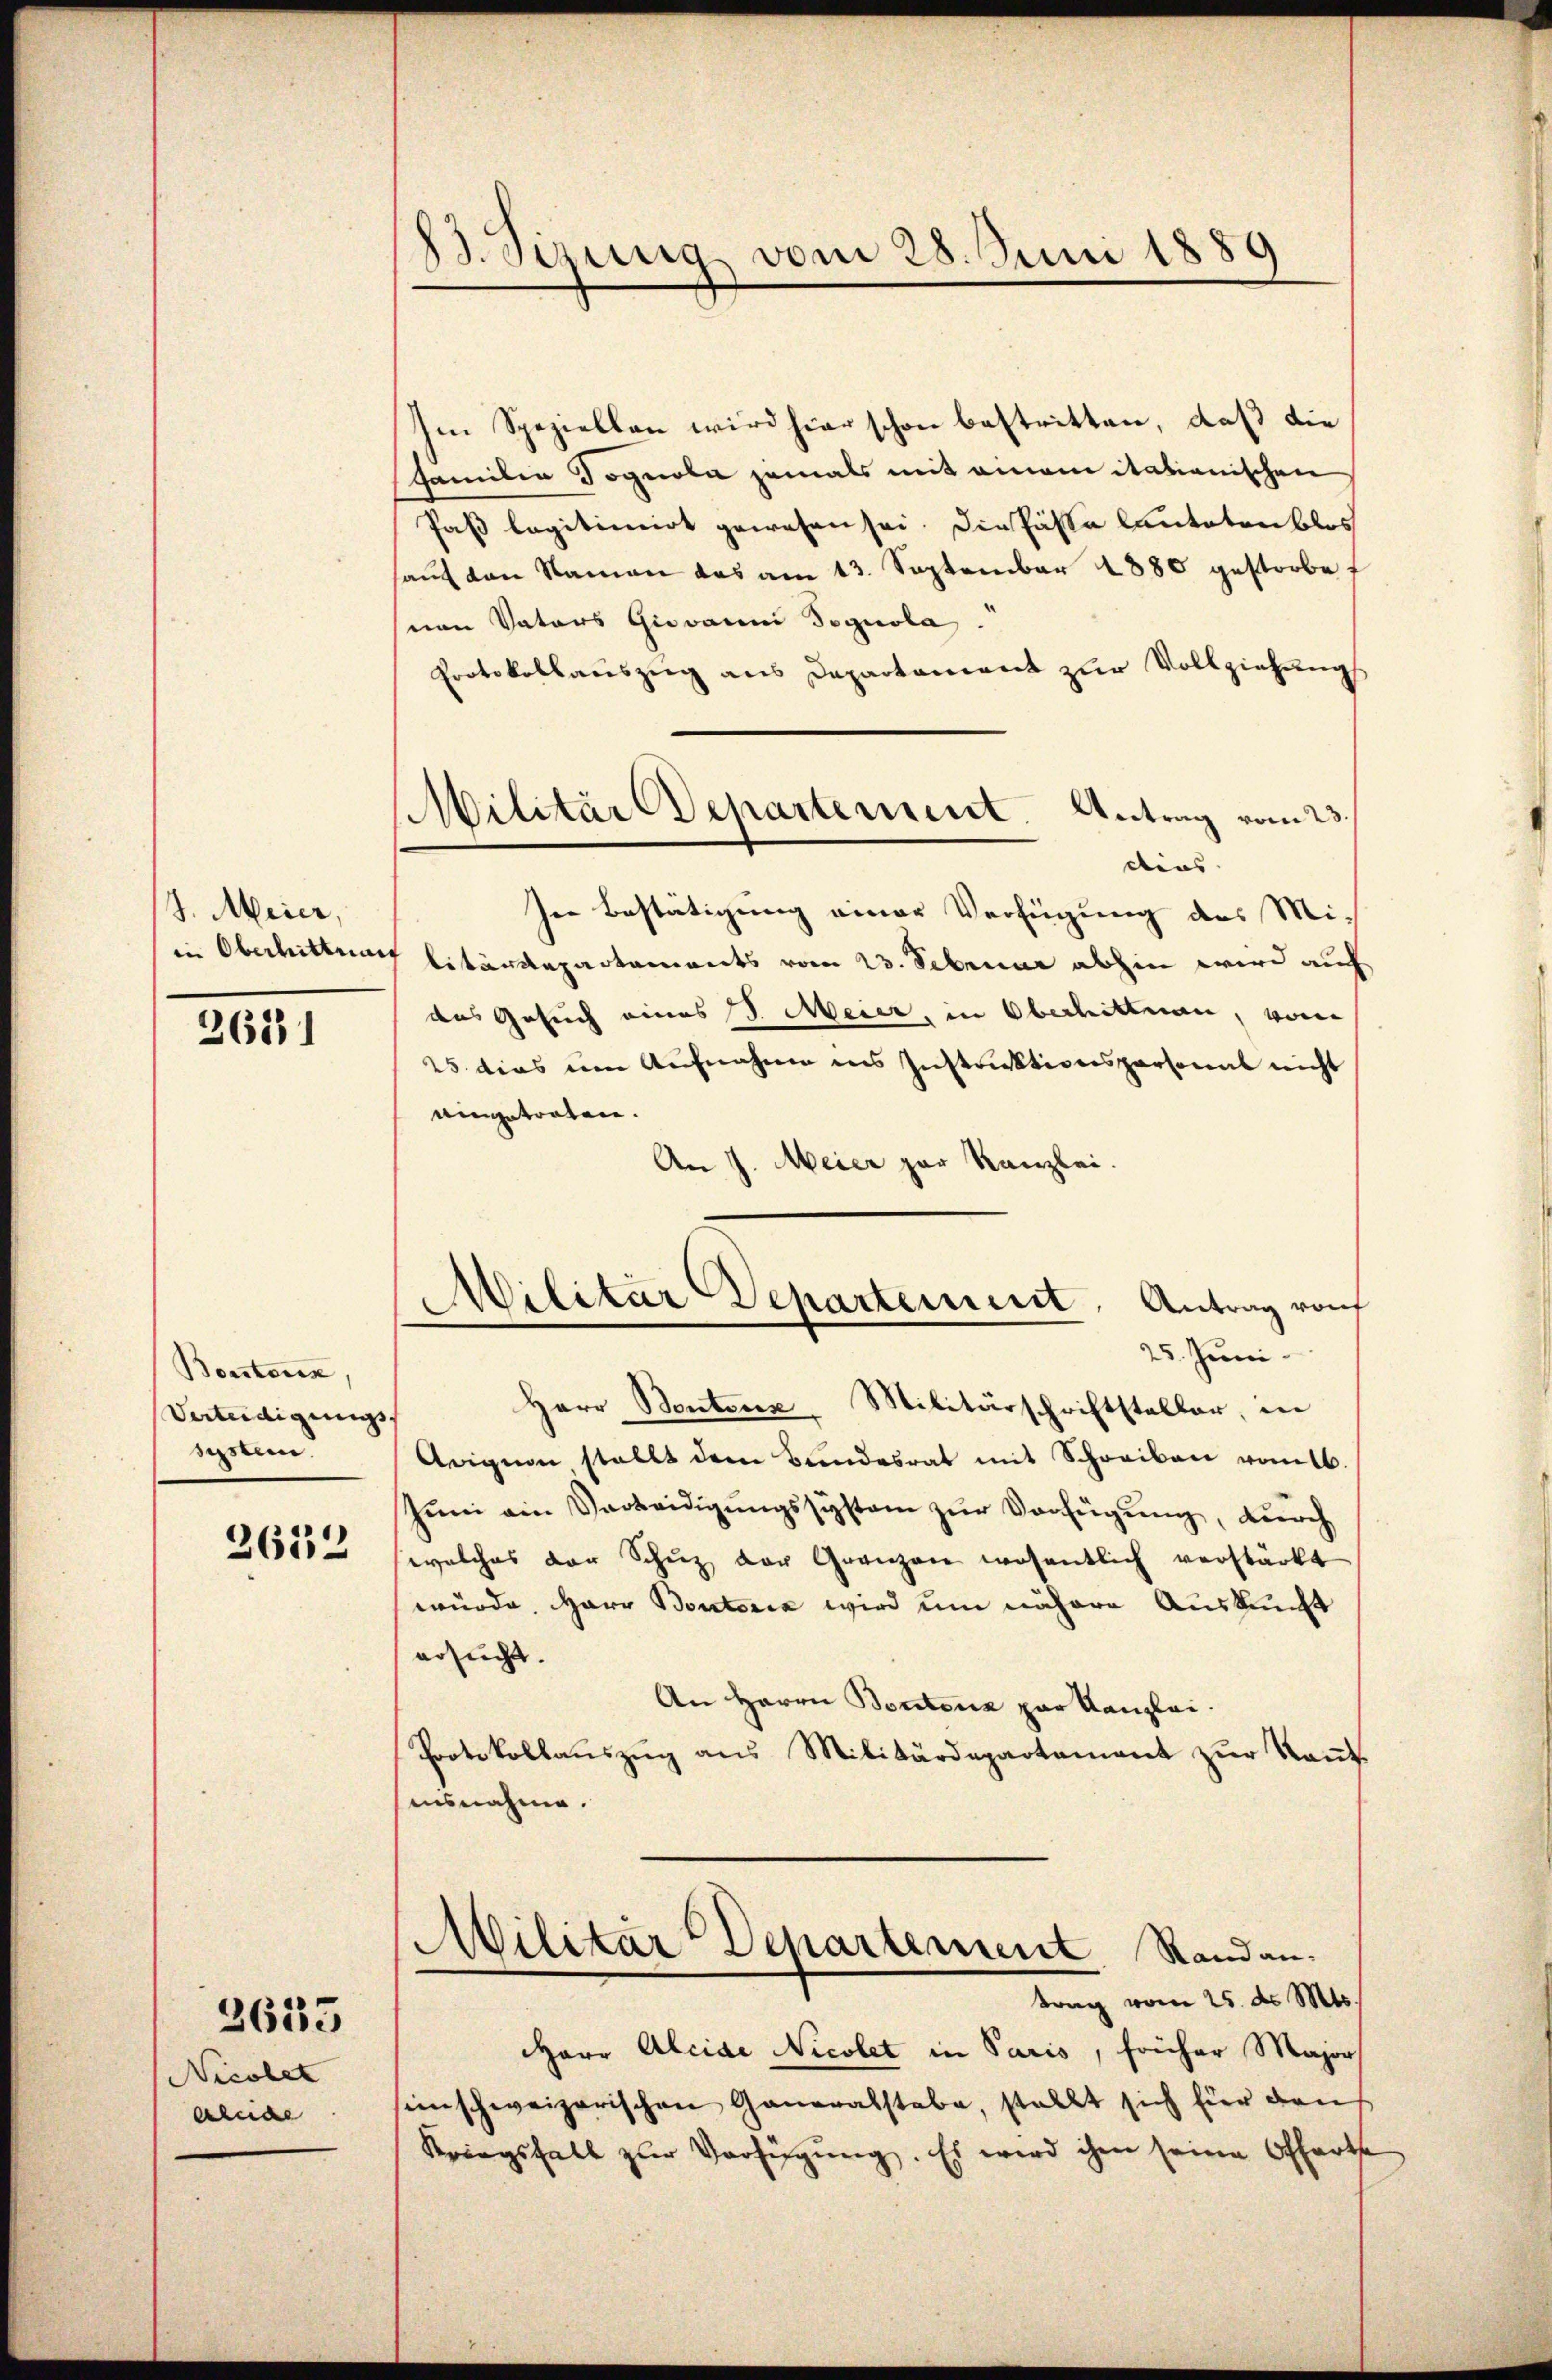
J. Meier,
in Oberhitten

3681

Borstenz,
Vatudligungs |
system.

2612

Nicolet
Aleide

2633

B.Sizung vom 28. Juni 1889

Militärdepartement.

Im Speziellen wird hier schon bestritten, daß die
Familia Sognola jemals mit einem itationischen
Pas legitimirt gewesen sei. Die Passa lauteten blos
aŭf den Namen das am 13. September 1880 gestorbe
von Vaters Giovanni Segnola.
Protokollauszug aus Departement zur Vollziehungs
Antrag vom 23.
dius
In Bestätigung einer Verfügung des Mi-
litärdepartements vom 23. Februar abhin wird auch
das Gesuch eines J. Meier, in Oberhittnau, von
25 dies um Aufnahme ins Instruktionspersonal nicht
eingetreten.
An J. Meier zur Kanzlei.
Herr Bontenz Militärschriftsteller, in
Arigion stellt dem Bundesrat mit Schreiben vom 6.
Juni ein Verteidigungssystem zur Verfügung, durch
welches der Schŭz der Gränzen wesentlich verstärkt
würde, Herr Boutoria wird um nähere Auskunft
ersucht.
An Herrn Bontenz par Kanzlei.
Protokollauszug aus Militärdepartement zur Kant
ausnahme.
Militär Departement Randantrag vom 25. d. Mts.
Harr Alciae Nicolet in Paris, früher Majors
enschweizerischen Generalstabe, stellt sich für dans
Kriegsfall zur Verfügung. Es wird ihm seine Offarthe

Militar Departement. Antrag vom
25. Juni